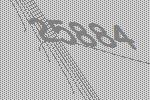
25884